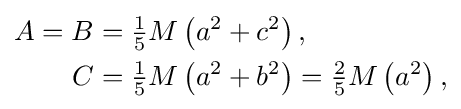
{\begin{aligned}A=B&={\tfrac {1}{5}}M\left(a^{2}+c^{2}\right),\\C&={\tfrac {1}{5}}M\left(a^{2}+b^{2}\right)={\tfrac {2}{5}}M\left(a^{2}\right),\end{aligned}}